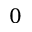
0